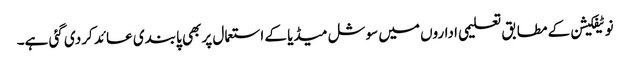
نوٹیفکیشن کے مطابق تعلیمی اداروں میں سوشل میڈیا کے استعمال پر بھی پابندی عائد کردی گئی ہے۔